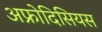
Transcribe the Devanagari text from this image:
अफ्रोदिसियस